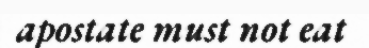
apostate must not eat